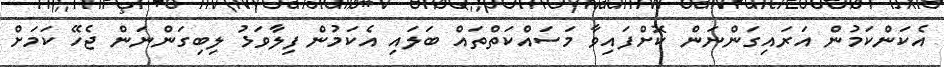
އެކަންކަމުން އަރައިގަންނަން ކޮށްފައިވާ މަސައްކަތްތައް ބަލައި އެކަމުން ފިލާވަޅު ލިބިގަންނަން ޖެހޭ ކަމަށް